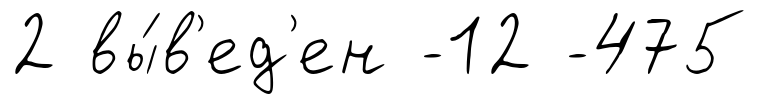
2 вы́в'ед'ен -12 -475